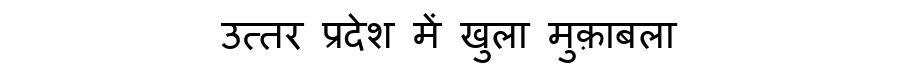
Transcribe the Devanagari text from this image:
उत्तर प्रदेश में खुला मुक़ाबला